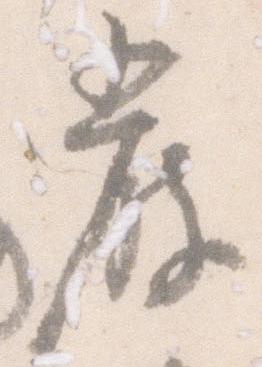
厳